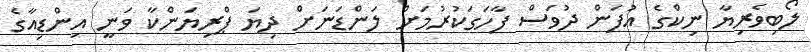
ލޯބިވެރިޔާ ނިކްގެ އުފަން ދުވަސް ފާހަގަކުރުމަށް ލަންޑަނަށް ދިޔަ ޕްރިޔަންކާ ވަނީ އިންޑިއާގެ